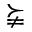
\succneqq